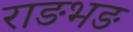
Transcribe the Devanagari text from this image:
राङभङ